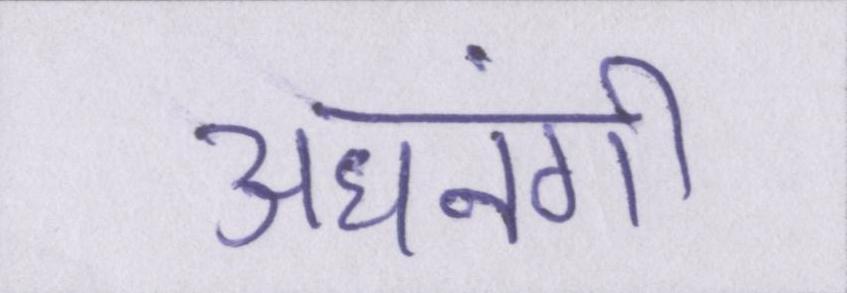
अधनंगी